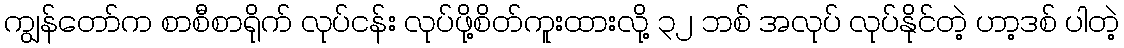
ကျွန်တော်က စာစီစာရိုက် လုပ်ငန်း လုပ်ဖို့စိတ်ကူးထားလို့ ၃၂ ဘစ် အလုပ် လုပ်နိုင်တဲ့ ဟာ့ဒစ် ပါတဲ့